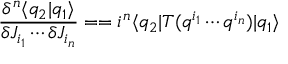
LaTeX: \frac { \delta ^ { n } \langle q _ { 2 } | q _ { 1 } \rangle } { \delta J _ { i _ { 1 } } \cdots \delta J _ { i _ { n } } } = = i ^ { n } \langle q _ { 2 } | T ( q ^ { i _ { 1 } } \cdots q ^ { i _ { n } } ) | q _ { 1 } \rangle